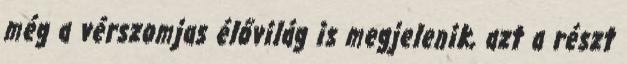
még a vérszomjas élővilág is megjelenik, azt a részt